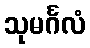
သုမင်္ဂလံ